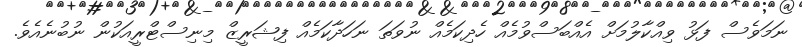
ނަމަވެސް ފަޅު ވިއްކާލުމަށް އެއްބަސްވުމެއް ހެދިކަމެއް ނުވަތަ ނަހަދާކަމެއް ފިޝަރީޒް މިނިސްޓްރީއަކުން ނުބުނެއެވެ.